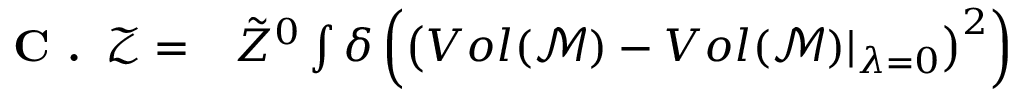
\begin{array} { r l } { \textbf { C . } \, \mathcal { Z } = } & { { } \tilde { Z } ^ { 0 } \int \delta \left( \left( V o l ( \mathcal { M } ) - V o l ( \mathcal { M } ) \vert _ { \lambda = 0 } \right) ^ { 2 } \right) } \end{array}